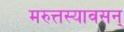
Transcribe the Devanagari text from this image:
मरुत्तस्यावसन्